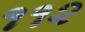
૧૧૨